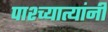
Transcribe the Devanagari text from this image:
पाश्च्यात्यांनी